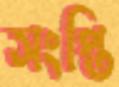
সংপ্তি